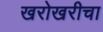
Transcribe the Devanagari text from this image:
खरोखरीचा